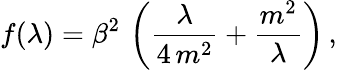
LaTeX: f(\lambda)=\beta^{2}\, \left(\frac{\lambda}{4\, m^{2}}+\frac{m^{2}}{\lambda}\right)\, ,